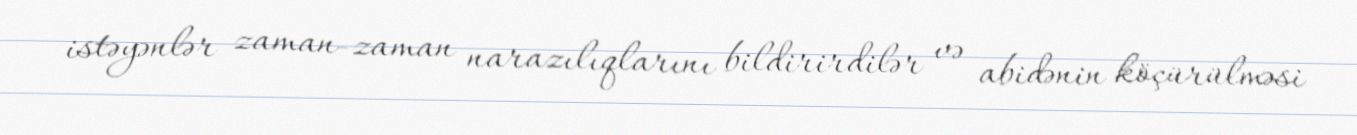
istəyənlər zaman-zaman narazılıqlarını bildirirdilər və abidənin köçürülməsi